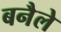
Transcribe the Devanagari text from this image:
बनैले